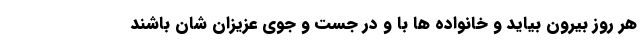
هر روز بیرون بیاید و خانواده ها با و در جست و جوی عزیزان شان باشند